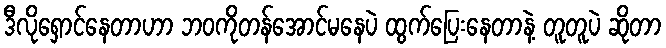
ဒီလိုရှောင်နေတာဟာ ဘဝကိုတန်အောင်မနေပဲ ထွက်ပြေးနေတာနဲ့ တူတူပဲ ဆိုတာ